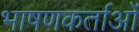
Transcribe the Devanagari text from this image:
भाषणकर्ताओं